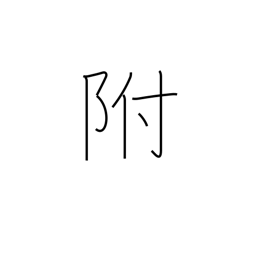
Meaning: affixed